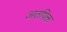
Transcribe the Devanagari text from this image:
अतपिक्त